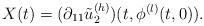
LaTeX: \begin{align*}X(t)=(\partial_{11} \tilde u^{(h)}_2)(t,\phi^{(l)}(t,0)).\end{align*}